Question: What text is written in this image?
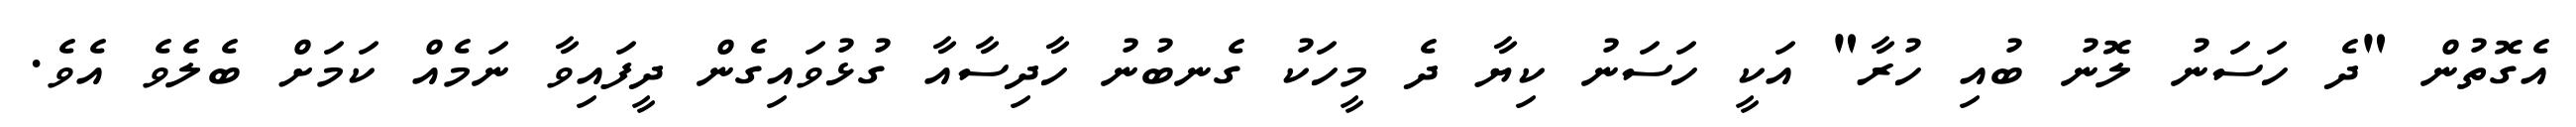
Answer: އެގޮތުން "ދެ ހަސަނު ލޮނު ބުއި ހުރާ" އަކީ ހަސަނު ކިޔާ ދެ މީހަކު ގެނބުނު ހާދިސާއާ ގުޅުވައިގެން ދީފައިވާ ނަމެއް ކަމަށް ބެލެވެ އެވެ.